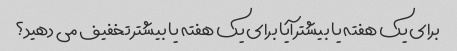
برای یک هفته یا بیشتر آیا برای یک هفته یا بیشتر تخفیف می دهید؟